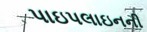
પાઇપલાઇનની